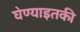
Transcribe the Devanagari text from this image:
घेण्याइतकी